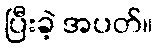
ပြီးခဲ့ အပတ်။